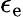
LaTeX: \epsilon_{\mathrm{e}}